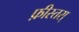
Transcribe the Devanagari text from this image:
फ़ीस्तस्